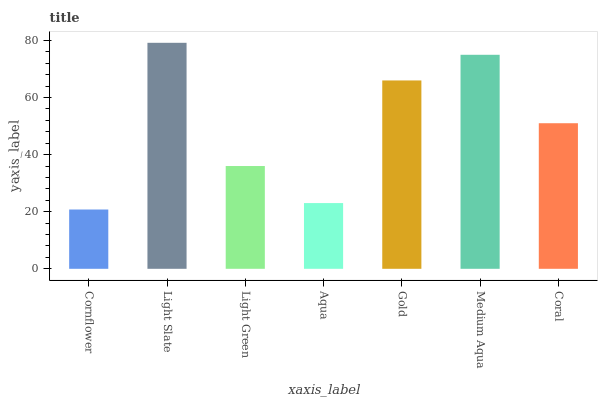
| xaxis_label | bars |
 | --- | --- |
 | Cornflower | 20.8 |
 | Light Slate | 79.2 |
 | Light Green | 36 |
 | Aqua | 23 |
 | Gold | 66 |
 | Medium Aqua | 75 |
 | Coral | 51 |